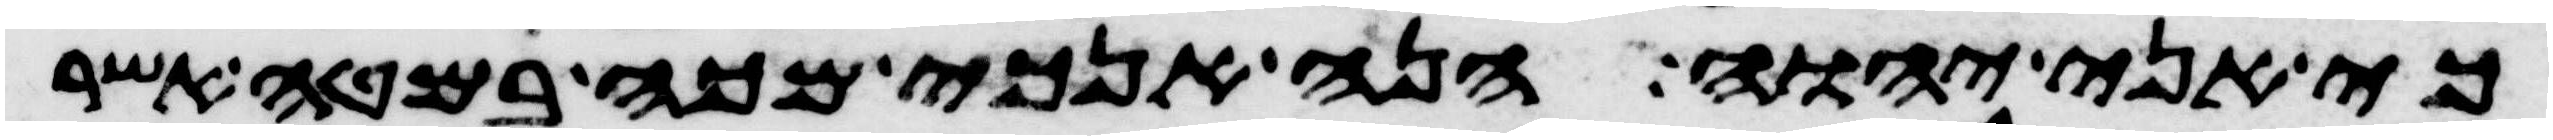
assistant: כי אני יהוה הנה אנכי מכה במטה אשר